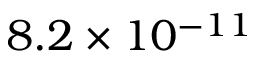
8 . 2 \times 1 0 ^ { - 1 1 }